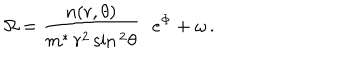
\Omega = \frac { n ( r , \theta ) } { m ^ { * } \, r ^ { 2 } \sin { } ^ { 2 } \theta } \, \, \, \, e ^ { \Phi } + \omega \, .